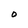
Character: 0